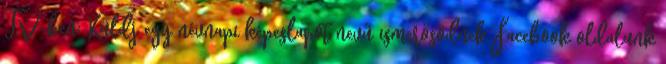
TV-ben: Küldj egy névnapi képeslapot nevű ismerősödnek Facebook oldalunk